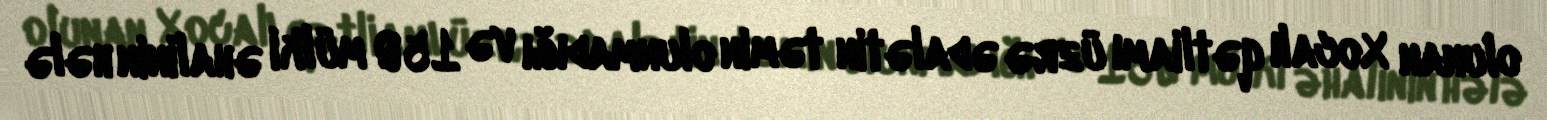
olunan Xocalı qətliamı üzrə ədalətin təmin olunmadığı və 150 mülki əhalinin hələ